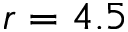
r = 4 . 5